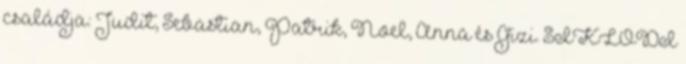
családja: Judit, Sebastian, Patrik, Noel, Anna és Gizi. SIKLÓDI